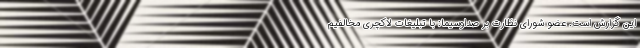
این گزارش است. عضو شورای نظارت بر صداوسیما: با تبلیغات لاکچری مخالفیم